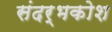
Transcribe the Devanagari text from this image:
संदर्भकोश